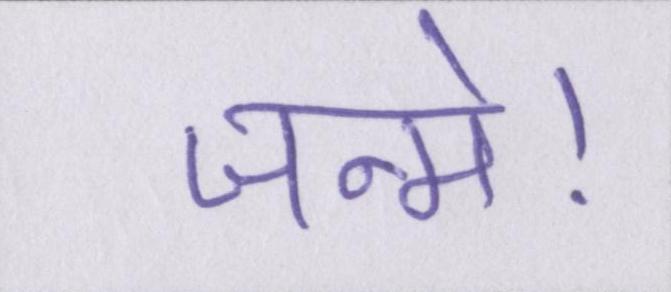
जन्मे।